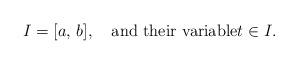
LaTeX: \begin{align*}I=[a,\,b],\quad\mbox{and their variable}t\in I.\end{align*}